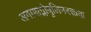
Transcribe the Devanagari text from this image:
अगामाग्लोबुलिनरक्तता